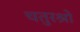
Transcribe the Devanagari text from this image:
चतुरश्रो